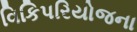
વિકિપરિયોજના